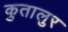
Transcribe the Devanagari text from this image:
कुतालुर